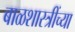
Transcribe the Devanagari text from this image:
बाळशास्त्रींच्या